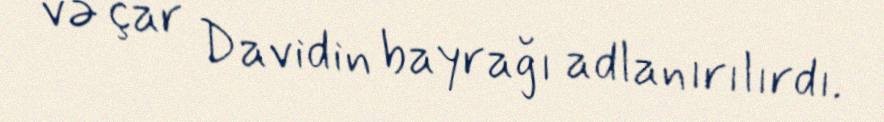
və çar Davidin bayrağı adlanırılırdı.